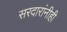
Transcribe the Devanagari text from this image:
सरदारांनीही